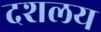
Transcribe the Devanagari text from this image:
दशलय